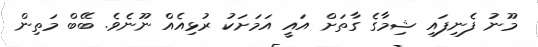
މޫނު ފެނިފައި ޝިމާގެ ގާތަށް އައީ އަމަށަކު ރުޅިއެއް ނޫނެވެ. ބޭބް މަތިން